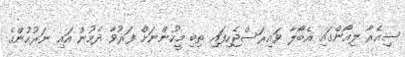
ސިއެރާ ލިއޯންގައި އެބޯލާ ވައިރަސްޖެހިފައި ތިބި މީހުންނަށް ފަރުވާ ދެމުން އައި ނަރުހުންގެ